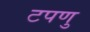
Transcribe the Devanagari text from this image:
टपणु